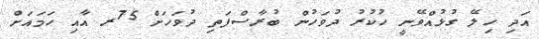
އަދި ހިލޭ ގުޅުއްވޭނީ ހުކުރު ދުވަހުން ބުރާސްފަތި ދުވަހަށް 75ރ އާއި ހަމައަށް